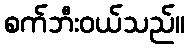
စက်ဘီးဝယ်သည်။